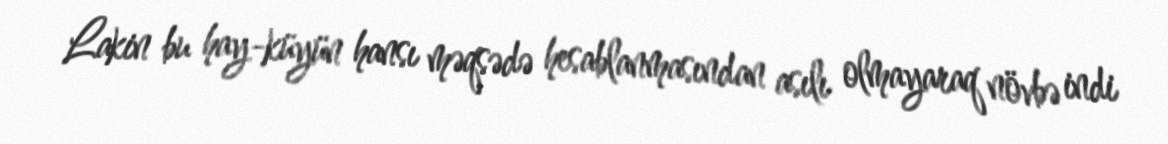
Lakin bu hay-küyün hansı məqsədə hesablanmasından asılı olmayaraq növbə indi